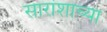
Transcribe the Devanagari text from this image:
सारांशाच्या